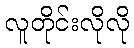
လူတိုင်းလိုလို